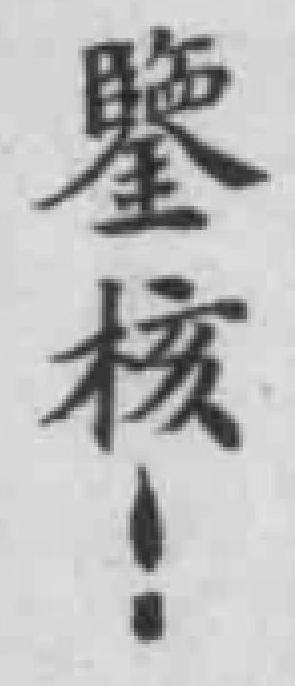
鑒核！